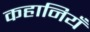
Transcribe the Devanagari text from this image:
कहानियँ